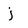
Character: j